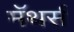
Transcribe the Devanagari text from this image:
मॅथर्स